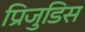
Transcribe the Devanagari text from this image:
प्रिजुडिस